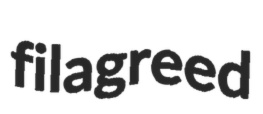
filagreed